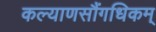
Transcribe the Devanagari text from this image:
कल्याणसौंगधिकम्